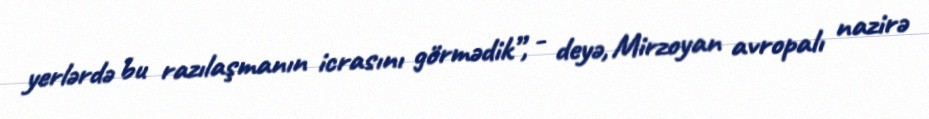
yerlərdə bu razılaşmanın icrasını görmədik”, - deyə, Mirzoyan avropalı nazirə